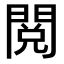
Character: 閲